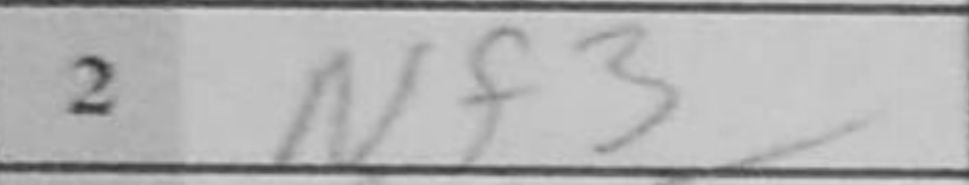
Transcription: Nf3